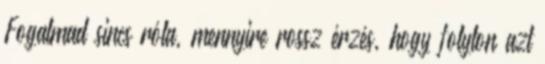
Fogalmad sincs róla, mennyire rossz érzés, hogy folyton azt